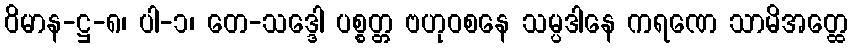
ဝိမာန-ဋ္ဌ-၈၊ ပါ-၁၊ တေ-သဒ္ဒေါ ပစ္စတ္တ ဗဟုဝစနေ သမ္ပဒါနေ ကရဏေ သာမိအတ္ထေ